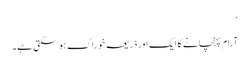
‘
آرام پہنچانے کا ایک اور ذریعہ خوراک ہو سکتی ہے۔